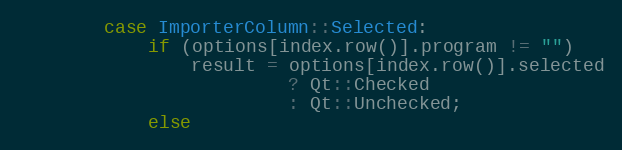
Language: C++
		case ImporterColumn::Selected:
			if (options[index.row()].program != "")
				result = options[index.row()].selected
						 ? Qt::Checked
						 : Qt::Unchecked;
			else